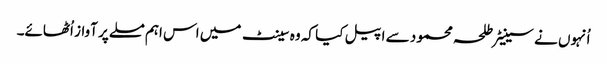
اُنہوں نے سینیٹر طلحہ محمود سے اپیل کیا کہ وہ سینٹ میں اس اہم مسلے پر آواز اُٹھائے۔